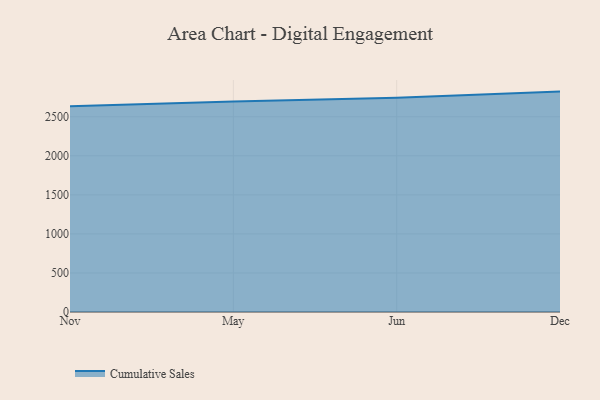
{"axis": {"x": "Month", "y": "Churn Rate (%)"}, "legend": ["Cumulative Sales"], "data": [{"x": "Nov", "y": 2633.4, "type": "Cumulative Sales"}, {"x": "May", "y": 2695.9, "type": "Cumulative Sales"}, {"x": "Jun", "y": 2743.6, "type": "Cumulative Sales"}, {"x": "Dec", "y": 2822.2, "type": "Cumulative Sales"}]}